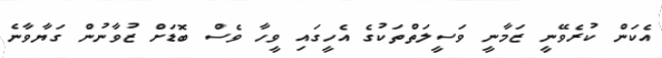
އެކަން ކުރެވޭނީ ޒަމާނީ ވަސީލަތްތަކުގެ އެހީގައި ވީހާ ވެސް ބޮޑަށް ޒުވާނުން ގަޔާވާނެ